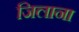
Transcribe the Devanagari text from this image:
जिलाना